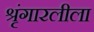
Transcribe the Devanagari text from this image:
श्रृंगारलीला